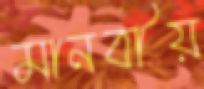
মানবীয়